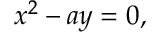
x ^ { 2 } - a y = 0 ,